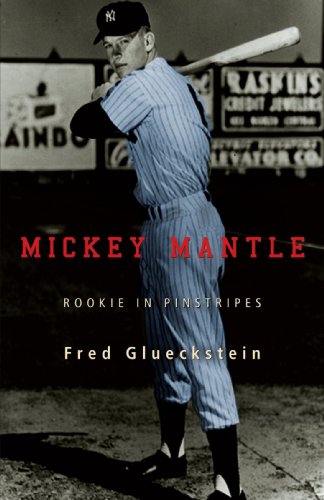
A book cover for MICKEY MANTLE: ROOKIE IN PINSTRIPES; Fred Glueckstein; Teen & Young Adult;